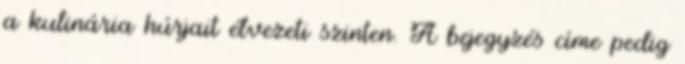
a kulinária húrjait élvezeti szinten. A bejegyzés címe pedig